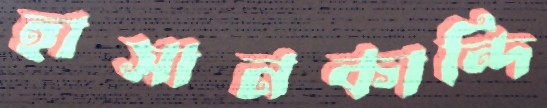
হাসানকান্দি